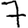
Digit: 7